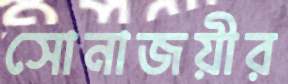
সোনাজয়ীর